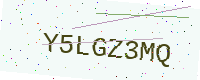
Text: Y5LGZ3MQ